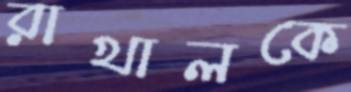
রাখালকে